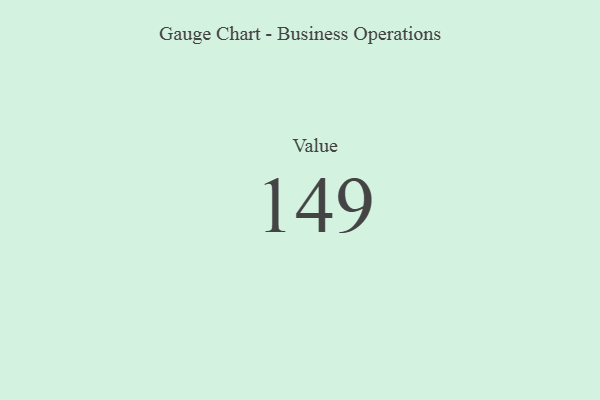
{"axis": {"x": "Metric", "y": "Value"}, "legend": [""], "data": [{"x": "Value", "y": 149, "type": ""}]}